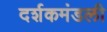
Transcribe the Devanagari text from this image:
दर्शकमंडली